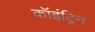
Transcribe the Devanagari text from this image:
कॉइंट्रिन